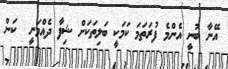
އޭނާ ބުނީ އެންމެ ފުރަތަމަ ކަމަކީ ބަލިތަކަށް ޝިފާ ދެއްވަނީ  ކަން